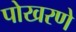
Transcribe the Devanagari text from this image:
पोखरणे